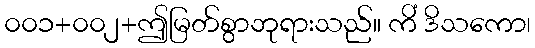
၀၀၁+၀၀၂+ဤမြတ်စွာဘုရားသည်။ ကိံ ဒိသကော၊